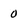
Character: 0